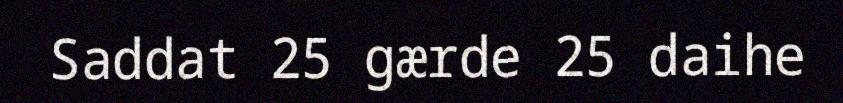
Saddat 25 gærde 25 daihe